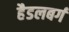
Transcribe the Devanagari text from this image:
हैडलबर्ग